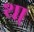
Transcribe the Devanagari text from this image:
था्